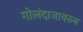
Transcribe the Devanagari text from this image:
गोलंदाजावरुन